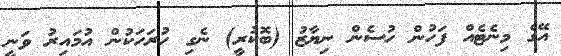
އޭގެ މިނެޓެއް ފަހުން ހުސެން ނިޔާޒު (ބޮކުރީ) ނެގި ހުރަހަކުން އުމައިރު ވަނީ